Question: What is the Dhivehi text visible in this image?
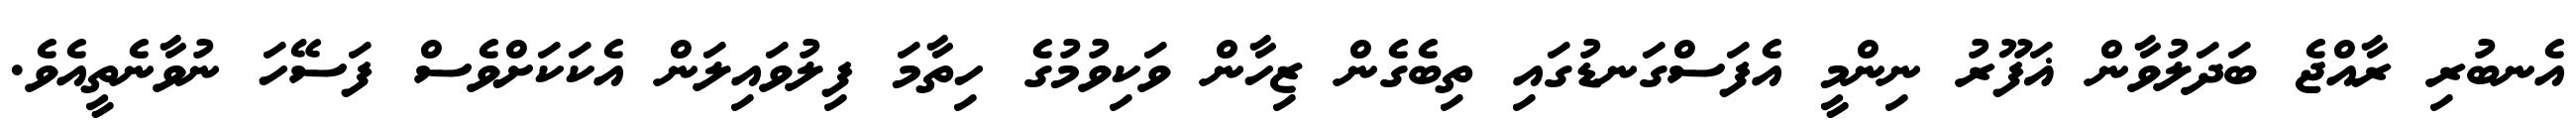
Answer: އެނބުރި ރާއްޖެ ބަދަލުވާން ޣަފޫރު ނިންމީ އެފަސްގަނޑުގައި ތިބެގެން ޒިހާން ވަކިވުމުގެ ހިތާމަ ފިލުވައިލަން އެކަކަށްވެސް ފަސޭހަ ނުވާނެތީއެވެ.